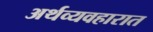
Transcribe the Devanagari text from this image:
अर्थव्यवहारात